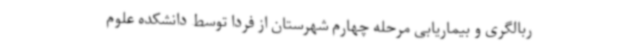
ربالگری و بیماریابی مرحله چهارم شهرستان از فردا توسط دانشکده علوم